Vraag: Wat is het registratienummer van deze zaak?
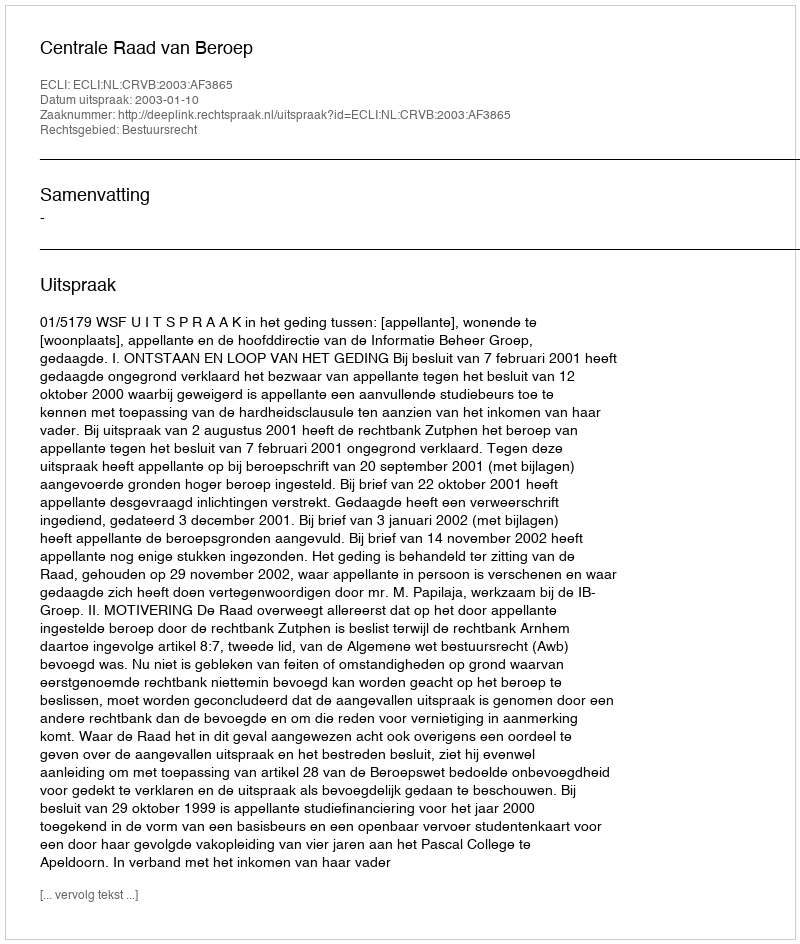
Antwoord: http://deeplink.rechtspraak.nl/uitspraak?id=ECLI:NL:CRVB:2003:AF3865